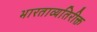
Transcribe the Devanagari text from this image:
भारताव्यतिरीक्त